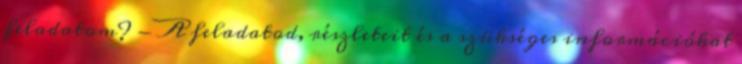
feladatom? - A feladatod, részleteit és a szükséges információkat